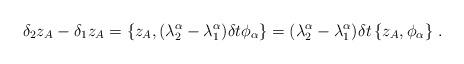
LaTeX: \begin{align*}\delta_2z_A-\delta_1z_A=\{z_A,(\lambda^\alpha_2-\lambda^\alpha_1)\delta t\phi_\alpha\}=(\lambda^\alpha_2-\lambda^\alpha_1)\delta t\,\{z_A,\phi_\alpha\}\ .\end{align*}